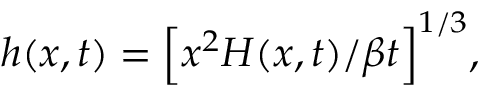
h ( x , t ) = \Big [ x ^ { 2 } H ( x , t ) / \beta t \Big ] ^ { 1 / 3 } ,